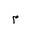
Letter: _mim